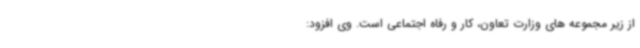
از زیر مجموعه های وزارت تعاون، کار و رفاه اجتماعی است. وی افزود: